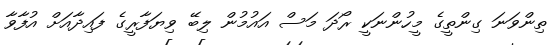
ތިންވަނަ ގިންތީގެ މީހުންނަކީ ރޯދަ މަސް އައުމުން ލިބޭ ވިޔަފާރީގެ ފައިދާއަށް އުފާވާ